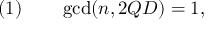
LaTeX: ( 1 ) \qquad \operatorname* { g c d } ( n , 2 Q D ) = 1 ,